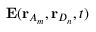
\mathbf { E } ( \mathbf { r } _ { A _ { m } } , \mathbf { r } _ { D _ { n } } , t )